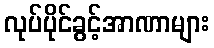
လုပ်ပိုင်ခွင့်အာဏာများ